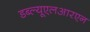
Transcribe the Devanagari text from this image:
डब्ल्यूएलआरएन